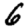
Digit: 6